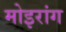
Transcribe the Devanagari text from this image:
मोइरांग